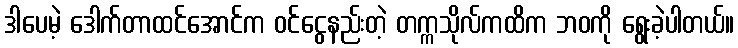
ဒါပေမဲ့ ဒေါက်တာထင်အောင်က ဝင်ငွေနည်းတဲ့ တက္ကသိုလ်ကထိက ဘဝကို ရွေးခဲ့ပါတယ်။